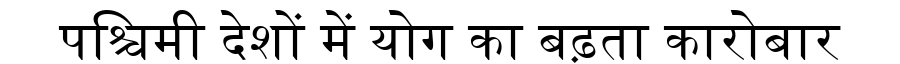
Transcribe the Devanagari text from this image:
पश्चिमी देशों में योग का बढ़ता कारोबार